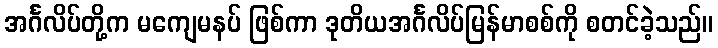
အင်္ဂလိပ်တို့က မကျေမနပ် ဖြစ်ကာ ဒုတိယအင်္ဂလိပ်မြန်မာစစ်ကို စတင်ခဲ့သည်။